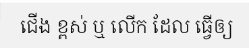
ជើង ខ្ពស់ ឬ លើក ដែល ធ្វើឲ្យ